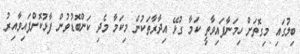
ބިލުގައި މިގޮތަށް ހިމަނާފައިވާތީ ކަމާ ގުޅޭ އިދާރާތަކުން މިކަމާ މެދި ކަންބޮޑުވުން ފާޅުކޮށްފައިވާއިރު